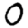
Digit: 0